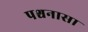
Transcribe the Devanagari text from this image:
पश्चनासा